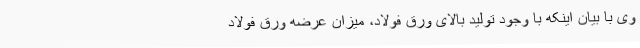
وی با بیان اینکه با وجود تولید بالای ورق فولاد، میزان عرضه ورق فولاد